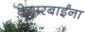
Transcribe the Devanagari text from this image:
केसरबाईंना